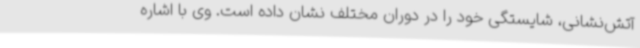
آتش‌نشانی، شایستگی خود را در دوران مختلف نشان داده است. وی با اشاره